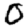
Digit: 0